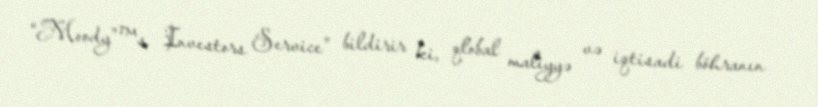
“Moody”™s Investors Service” bildirir ki, qlobal maliyyə və iqtisadi böhranın